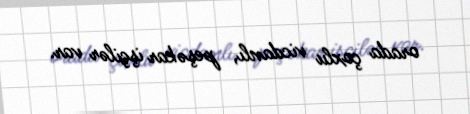
orada çoxlu vicdanlı, peşəkar işçilər var.